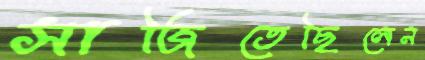
সাজিতেছিলেন